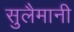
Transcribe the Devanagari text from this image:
सुलैमानी